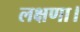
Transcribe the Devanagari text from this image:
लक्षणा।